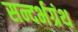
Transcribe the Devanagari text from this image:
सन्दर्भग्रंथ